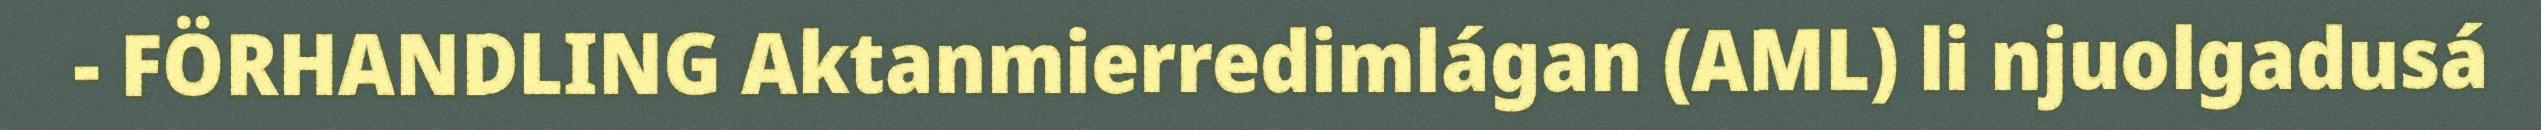
- FÖRHANDLING Aktanmierredimlágan (AML) li njuolgadusá